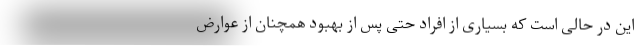
این در حالی است که بسیاری از افراد حتی پس از بهبود همچنان از عوارض